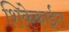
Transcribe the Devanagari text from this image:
शिकेकाईत